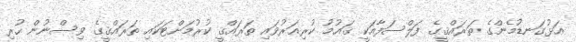
އަޅުގަނޑުމެންގެ ތަރައްޤީގެ ފަލްސަފާއަކީ ޤައުމު ކުރިއަރުވައި ތަރައްޤީ ކުރުމަށްޓަކައި ތަރައްޤީގެ ވިސްނުން ހުރި